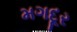
મગદૂર